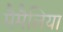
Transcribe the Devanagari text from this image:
मैमैलिया